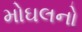
મોઘલનો